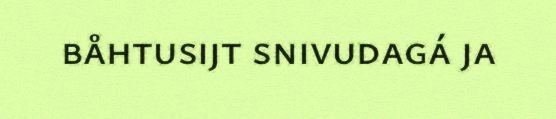
båhtusijt snivudagá ja